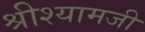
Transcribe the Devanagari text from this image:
श्रीश्यामजी